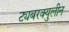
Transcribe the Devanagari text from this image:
ट्यबरक्युलीन